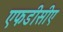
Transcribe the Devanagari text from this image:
एफडीसीए